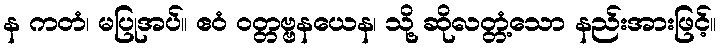
န ကတံ၊ မပြုအပ်။ ဧဝံ ဝတ္တဗ္ဗနယေန၊ သို့ ဆိုလတ္တံ့သော နည်းအားဖြင့်။